NAE_ERA_R-1765_ENSV_Kirjanike_Liit_1945-1955, lk 96
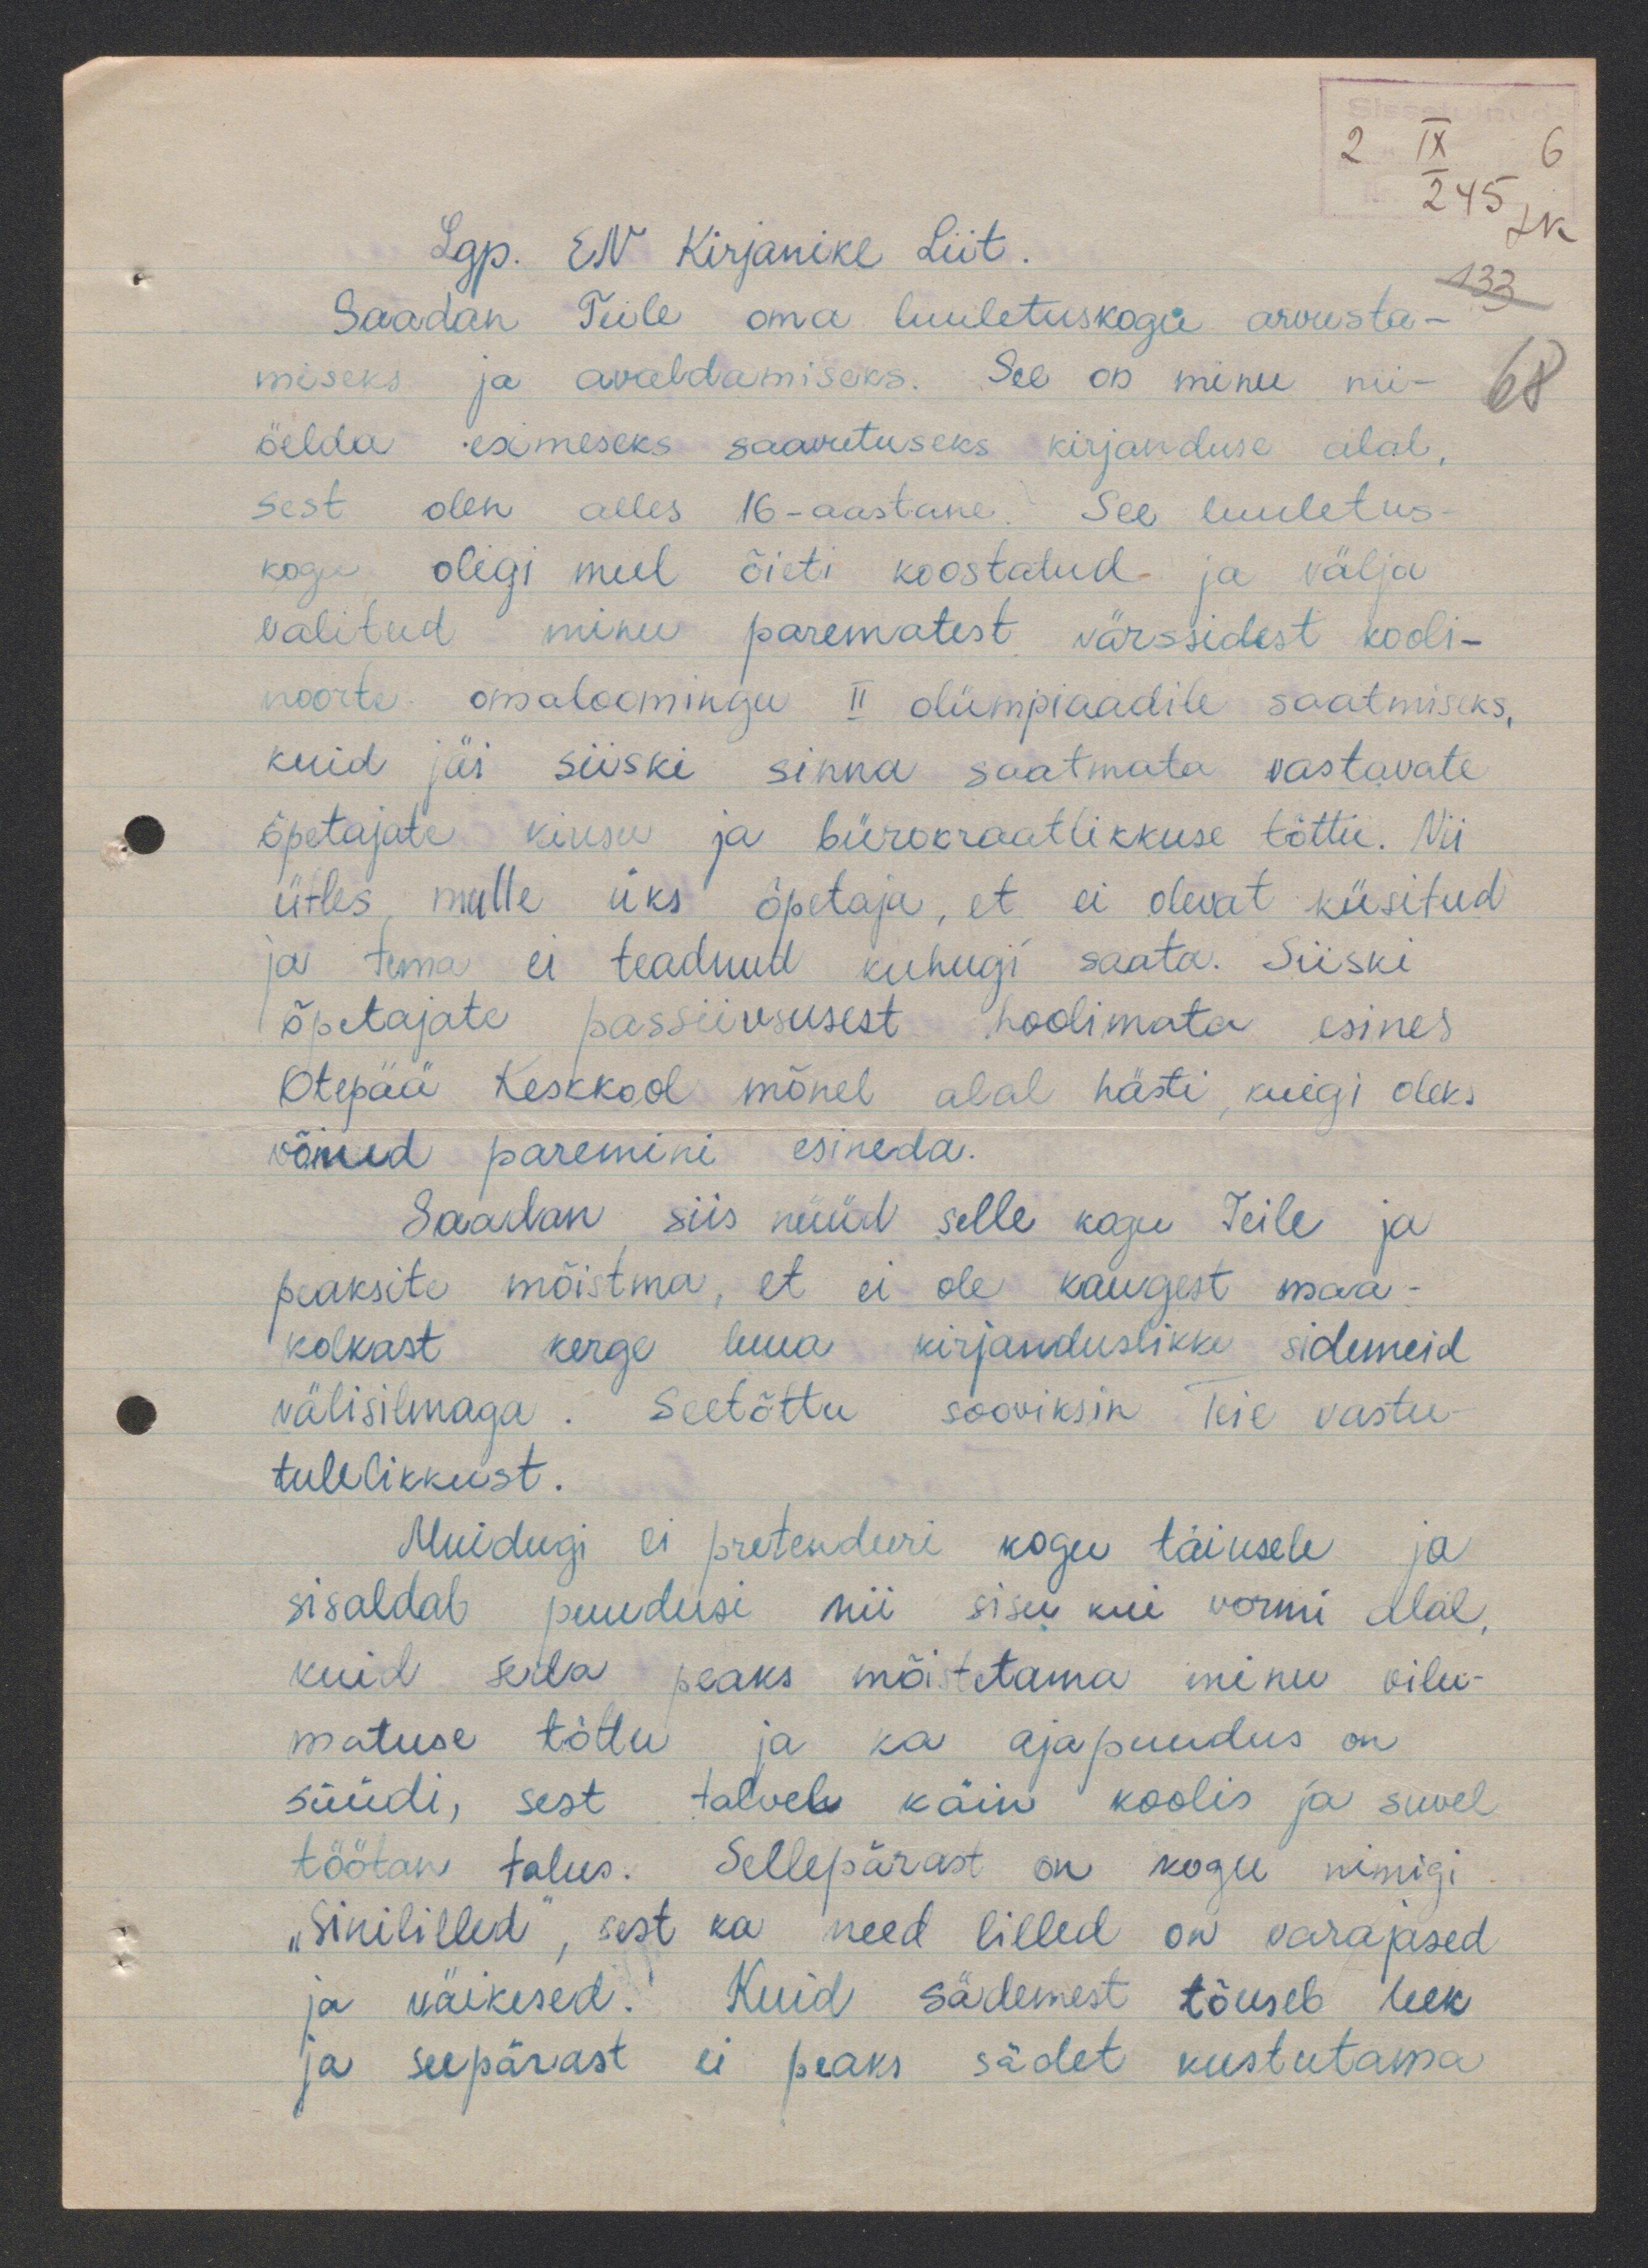
Lgp. EN Kirjanike Liit.
Saadan Teile luuletuskogu arvusta-
miseks ja avaldamiseks. See on minu nii-
öelda esimeseks saavutuseks kirjanduse alal,
sest olen alles 16-aastane. See luuletus
kogu oligi mul õieti koostatud ja välja
valitud minu parematest värssidest kooli-
noorte omaloomingu II olümpiaadile saatmiseks,
kuid jäi siiski sinna saatmata vastavate
õpetajate kiusu ja bürokraatlikkuse tõttu. Nii
ütles mulle üks õpetaja, et ei olevat küsitud
ja tema ei teadnud kuhugi saata. Siiski
õpetajate passiivsusest hoolimata esines
Otepää Keskkool mõnel alal hästi kuigi oleks
võinud paremini esineda.
Saadan siis nüüd selle kogu Teile ja
peaksite mõistma, et ei ole kaugest maa-
kolkast kerge luua kirjanduslikke sidemeid
välisilmaga. Seetõttu sooviksin Teie vastu
tulelikkust.
Muidugi ei pretendeeri kogu täiusele ja
sisaldab puudusi nii sisu kui vormi alal,
kuid seda peaks mõistetama minu vilu-
matuse tõttu ja ka ajapuudus on
süüdi, sest talvele käin koolis ja suvel
töötan talus. Sellepärast on kogu nimigi
„Sinililled", sest ka need lilled on varajased
ja väikesed. Kuid sädemest tõuseb leek
ja seepärast ei peaks sädet kustutama